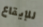
للإيقاع